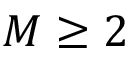
M \ge 2